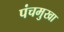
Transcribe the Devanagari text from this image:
पंचमुखा